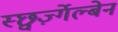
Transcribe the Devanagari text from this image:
स्छ्वर्ज़्गेल्बेन